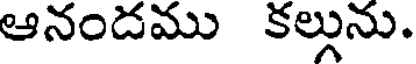
ఆనందము కల్లును.